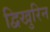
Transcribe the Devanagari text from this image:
द्विखुरिन